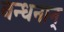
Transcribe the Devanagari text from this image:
बन्‍धनान्